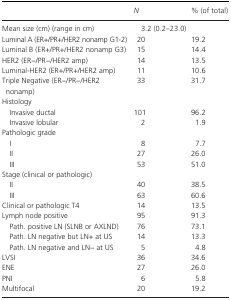
|  | N | % (of total) |
 | --- | --- | --- |
 | Mean size (cm) (range in cm) | 3.2 (0.2–23.0) |  |
 | Luminal A (ER+/PR+/HER2 nonamp G1‐2) | 20 | 19.2 |
 | Luminal B (ER+/PR+/HER2 nonamp G3) | 15 | 14.4 |
 | HER2 (ER−/PR−/HER2 amp) | 14 | 13.5 |
 | Luminal‐HER2 (ER+/PR+/HER2 amp) | 11 | 10.6 |
 | Triple Negative (ER−/PR−/HER2 nonamp) | 33 | 31.7 |
 | <COLSPAN=3> Histology |
 | Invasive ductal | 101 | 96.2 |
 | Invasive lobular | 2 | 1.9 |
 | <COLSPAN=3> Pathologic grade |
 | I | 8 | 7.7 |
 | II | 27 | 26.0 |
 | III | 53 | 51.0 |
 | <COLSPAN=3> Stage (clinical or pathologic) |
 | II | 40 | 38.5 |
 | III | 63 | 60.6 |
 | Clinical or pathologic T4 | 14 | 13.5 |
 | Lymph node positive | 95 | 91.3 |
 | Path. positive LN (SLNB or AXLND) | 76 | 73.1 |
 | Path. LN negative but LN+ at US | 14 | 13.3 |
 | Path. LN negative and LN− at US | 5 | 4.8 |
 | LVSI | 36 | 34.6 |
 | ENE | 27 | 26.0 |
 | PNI | 6 | 5.8 |
 | Multifocal | 20 | 19.2 |